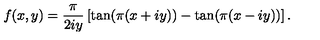
f ( x , y ) = \frac { \pi } { 2 i y } \left[ \tan ( \pi ( x + i y ) ) - \tan ( \pi ( x - i y ) ) \right] .